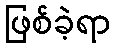
ဖြစ်ခဲ့ရာ